Report on horse surra - Volume I
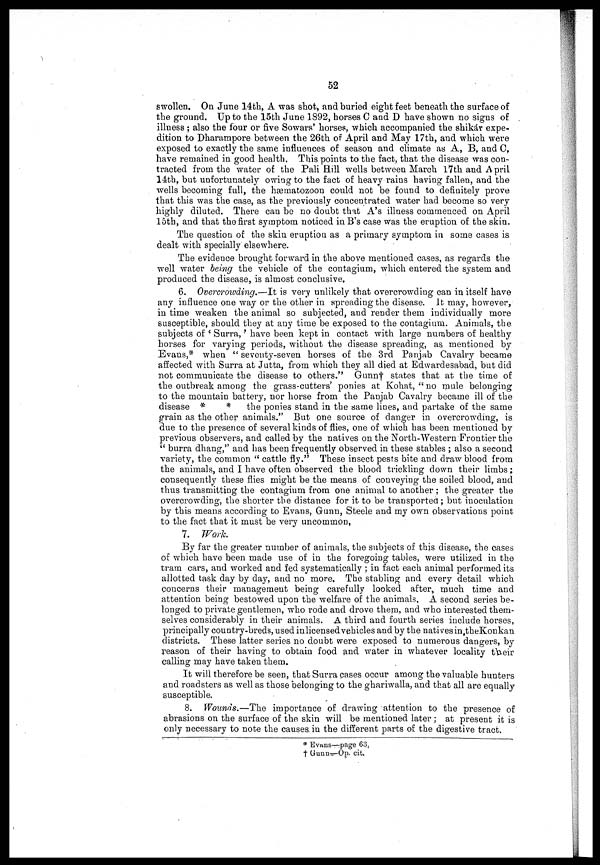
52
swollen. On June 14th, A was shot, and buried eight feet beneath the surface of
the ground. Up to the 15bh June 1892, horses C and D have shown no signs of
illness ; also the four or five Sowars' horses, which accompanied the shikár expe-
dition to Dharampore between the 26th of April and May 17th, and which were
exposed to exactly the same influences of season and climate as A, B, and 0,
have remained in good health. This points to the fact, that the disease was con-
tracted from the water of the Pali Hill wells between March 17th and April
14th, but unfortunately owing to the fact of heavy rains having fallen, and the
wells becoming full, the hæmatozoon could not be found to definitely prove
that this was the case, as the previously concentrated water had become so very
highly diluted. There can bo no doubt that A's illness commenced on April
15th, and that the first symptom noticed in B's case was the eruption of the skin.
The question of the skin eruption as a primary symptom in some cases is
dealt with specially elsewhere.
The evidence brought forward in the above mentioned oases, as regards the
well water being the vehicle of the contagium, which entered the system and
produced the disease, is almost conclusive,
6. Overcrowding.—It is very unlikely that overcrowding can in itself have
any influence one way or the other in spreading the disease. It may, however,
in time weaken the animal so subjected, and render them individually more
susceptible, should they at any time be exposed to the contagium. Animals, the
subjects of ' Surra,' have been kept in contact with large numbers of healthy
horses for varying periods, without the disease spreading, as mentioned by
Evans,* when " seventy-seven horses of the 3rd Panjab Cavalry became
affected with Surra at Jutta, from which they all died at Edwardesabad, but did
not communicate the disease to others." Gunn† states that at the time of
the outbreak among the grass-cutters' ponies at Kohat, " no mule belonging
to the mountain battery, nor horse from the Panjab Cavalry became ill of the
disease *
* the ponies stand in the same lines, and partake of the same
grain as the other animals." But one source of danger in overcrowding, is
due to the presence of several kinds of flies, one of which has been mentioned by
previous observers, and called by the natives on the North-Western Frontier the
" burra dhang," and has been frequently observed in these stables ; also a second
variety, the common " cattle fly." These insect pests bite and draw blood from
the animals, and I have often observed the blood trickling down their limbs :
consequently these flies might be the means of conveying the soiled blood, and
thus transmitting the contagium from one animal to another ; the greater the
overcrowding, the shorter the distance for it to be transported; but inoculation
by this means according to Evans, Gunn, Steele and my own observations point
to the fact that it must be very uncommon,
7. Work.
By far the greater number of animals, the subjects of this disease, the oases
of which have been made use of in the foregoing tables, were utilized in the
tram cars, and worked and fed systematically ; in fact each animal performed its
allotted task day by day, and no more. The stabling and every detail which
concerns their management being carefully looked after, much time and
attention being bestowed upon the welfare of the animals, A second series be-
longed to private gentlemen, who rode and drove them, and who interested them-
selves considerably in their animals. A third and fourth series include horses,
principally country-breds, used in licensed vehicles and by the natives in the Konkan
districts. These latter series no doubt were exposed to numerous dangers, by
reason of their having to obtain food and water in whatever locality their
calling may have taken them.
It will therefore be seen, that Surra cases occur among the valuable hunters
and roadsters as well as those belonging to the ghariwalla, and that all are equally
susceptible.
8. Wounds.—The importance of drawing attention to the presence of
abrasions on the surface of the skin will be mentioned later ; at present it is
only necessary to note the causes in the different parts of the digestive tract.
* Evans—page 63,
† Gunn—Op. cit.